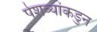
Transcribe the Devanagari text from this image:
पेशव्यांकडुन